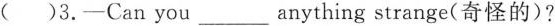
( )3.—Can you ___ anything strange(奇怪的)?